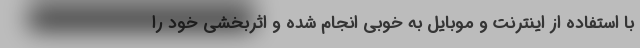
با استفاده از اینترنت و موبایل به خوبی انجام شده و اثربخشی خود را